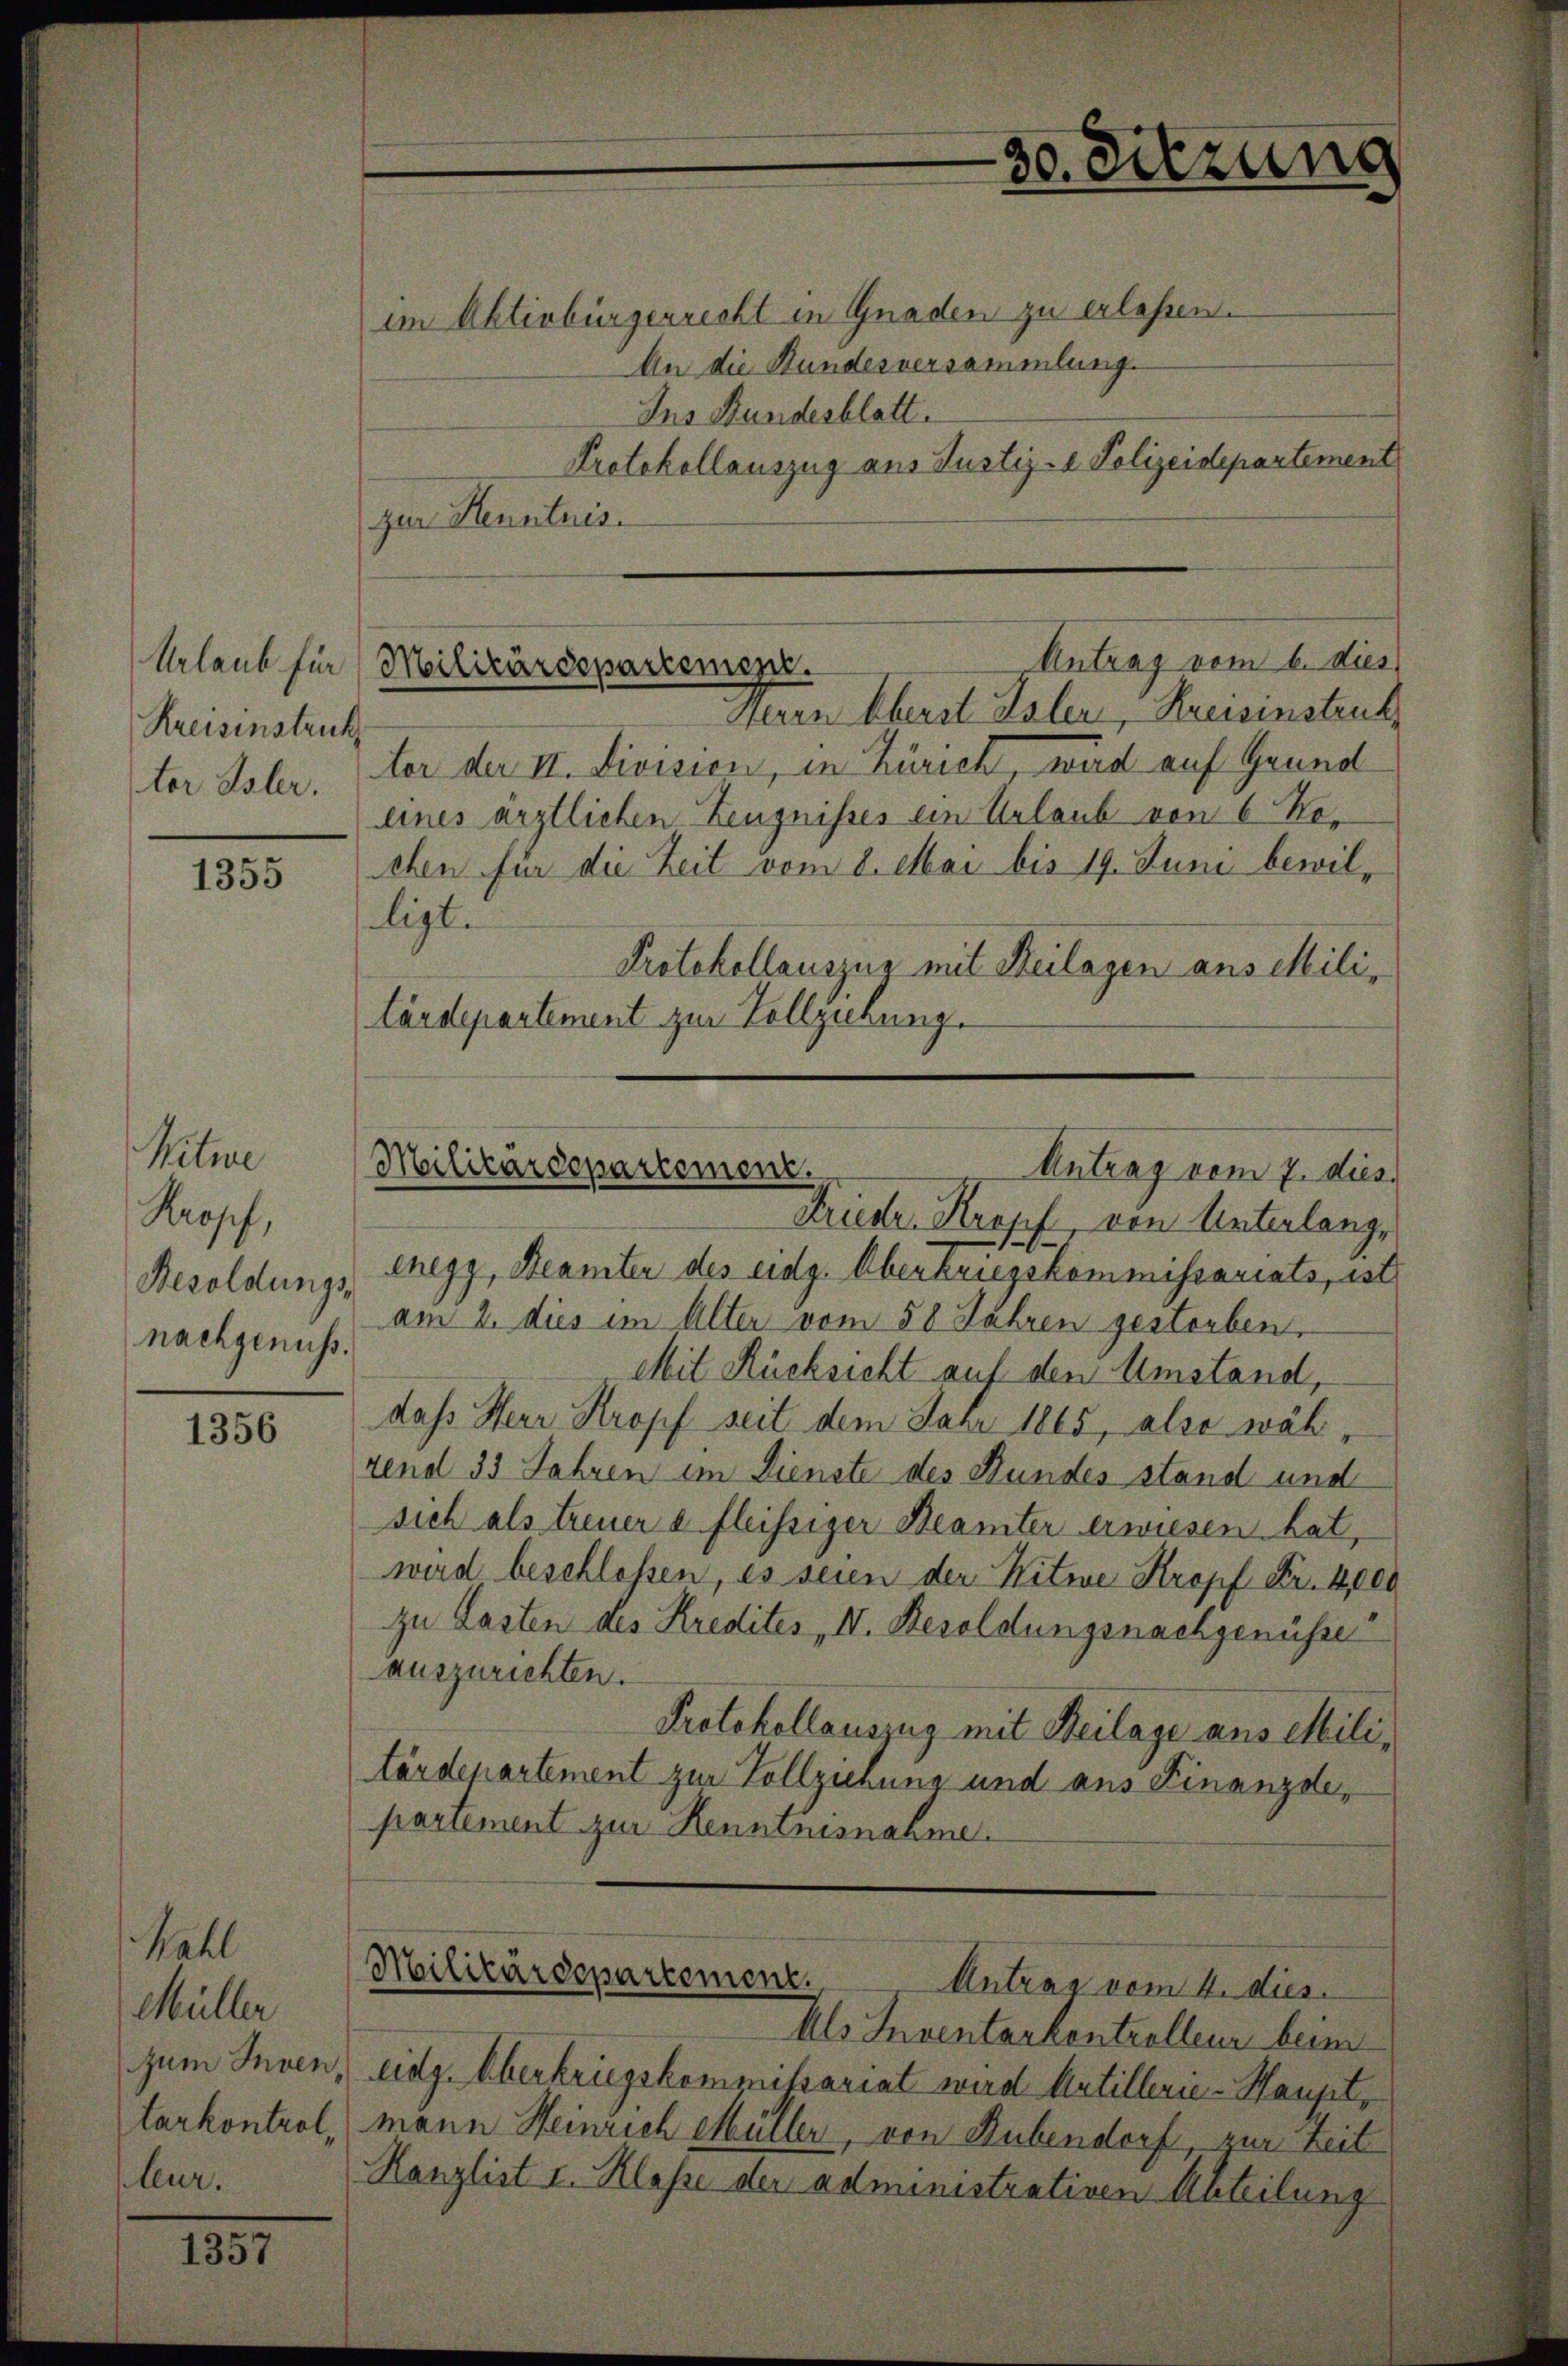
Urlaub für
Kreisinstruk
ter Isler.

1355

Mitine
Kropf,
Besoldungs-
nachgenuss.

1356

Kahl
Müller
zum Inventarkontral,
leur.

1357

im Aktivbürgerrecht in Gnaden zu erlesen.
An die Stundesversammlung.
Ins Stundesblatt.
Protokollauszug aus Justiz- Polizeidepartement
zur Henntnis.

Antrag vom 6. dies
Militärdepartement.

30. Sitzung

Herrn Cherst Isler, Hausenstruk
ter der II. Division, in Zürich, wird auf Grund
eines ärztlichen Zeugnisses ein Urlaub von 6 No-
chen für die Zeit vom 8. Mai bis 19. Juni bewilligt.
Protokollauszug mit Beilagen aus Mililärdepartement zur Vollziehung.

Militärdepartement.
Antrag vom 7. dies

Frieder Kropf von Unterlang,
Chegg, Beamter des eidg. Oberkriegskommissariats, ist
am 2. dies im Alter vom 58 Jahren gestorben.
Mit Rücksicht auf den Umstand,
dass Herr Kropf seit dem Jahr 1865, also wäh
rend 33 Jahren im Dienste des Bundes stand und
sich als treuer & fleissiger Beamter erwiesen hat,
wird beschlossen, es seien der Witwe Kropf Fr. 4,000
zu Lasten des Kredites IV. Besoldungsnachgenüsse
auszurichten.
Protokollauszug mit Beilage aus Militärdepartement zur Vollziehung und aus Finanzdepartement zur Kenntnisnahme.
Militärdepartement.
Antrag vom 4. dies
Als Inventarkentrolleur beim
Eidg. Oberkriegskommißariat wird Artillerie-Haupt,
mann Heinrich Müller, von Rubendorf, zur Zeit
Hanzlist I. Klasse der administrativen Abteilung